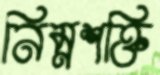
নিম্নশক্তি